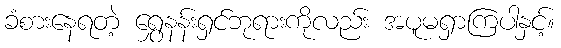
ခံစားနေရတဲ့ ရွှေနန်းရှင်ဘုရားကိုလည်း အပူမရှာကြပါနှင့်။